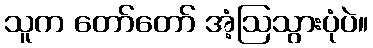
သူက တော်တော် အံ့ဩသွားပုံပဲ။